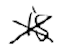
Text: is
Cross-out: cross
Writing tool: digital_black